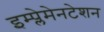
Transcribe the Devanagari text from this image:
इम्प्लेमेनटेशन